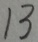
1 3